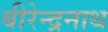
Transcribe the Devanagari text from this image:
बीरेन्द्रनाथ